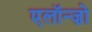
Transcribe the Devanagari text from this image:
एलॉन्ज़ो